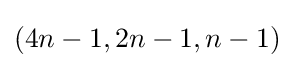
(4n-1,2n-1,n-1)